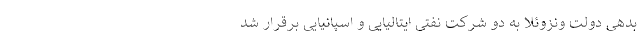
بدهی دولت ونزوئلا به دو شرکت‌ نفتی ایتالیایی و اسپانیایی برقرار شد